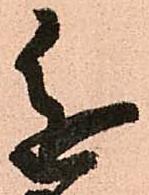
進